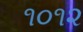
૧૦૧૨